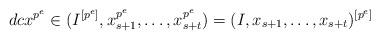
LaTeX: \begin{align*} dcx^{p^e}\in (I^{[p^e]},x_{s+1}^{p^e},\ldots, x_{s+t}^{p^e})=(I,x_{s+1},\ldots, x_{s+t})^{[p^e]} \end{align*}